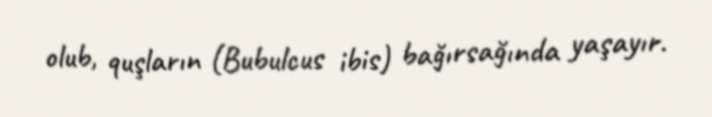
olub, quşların (Bubulcus ibis) bağırsağında yaşayır.